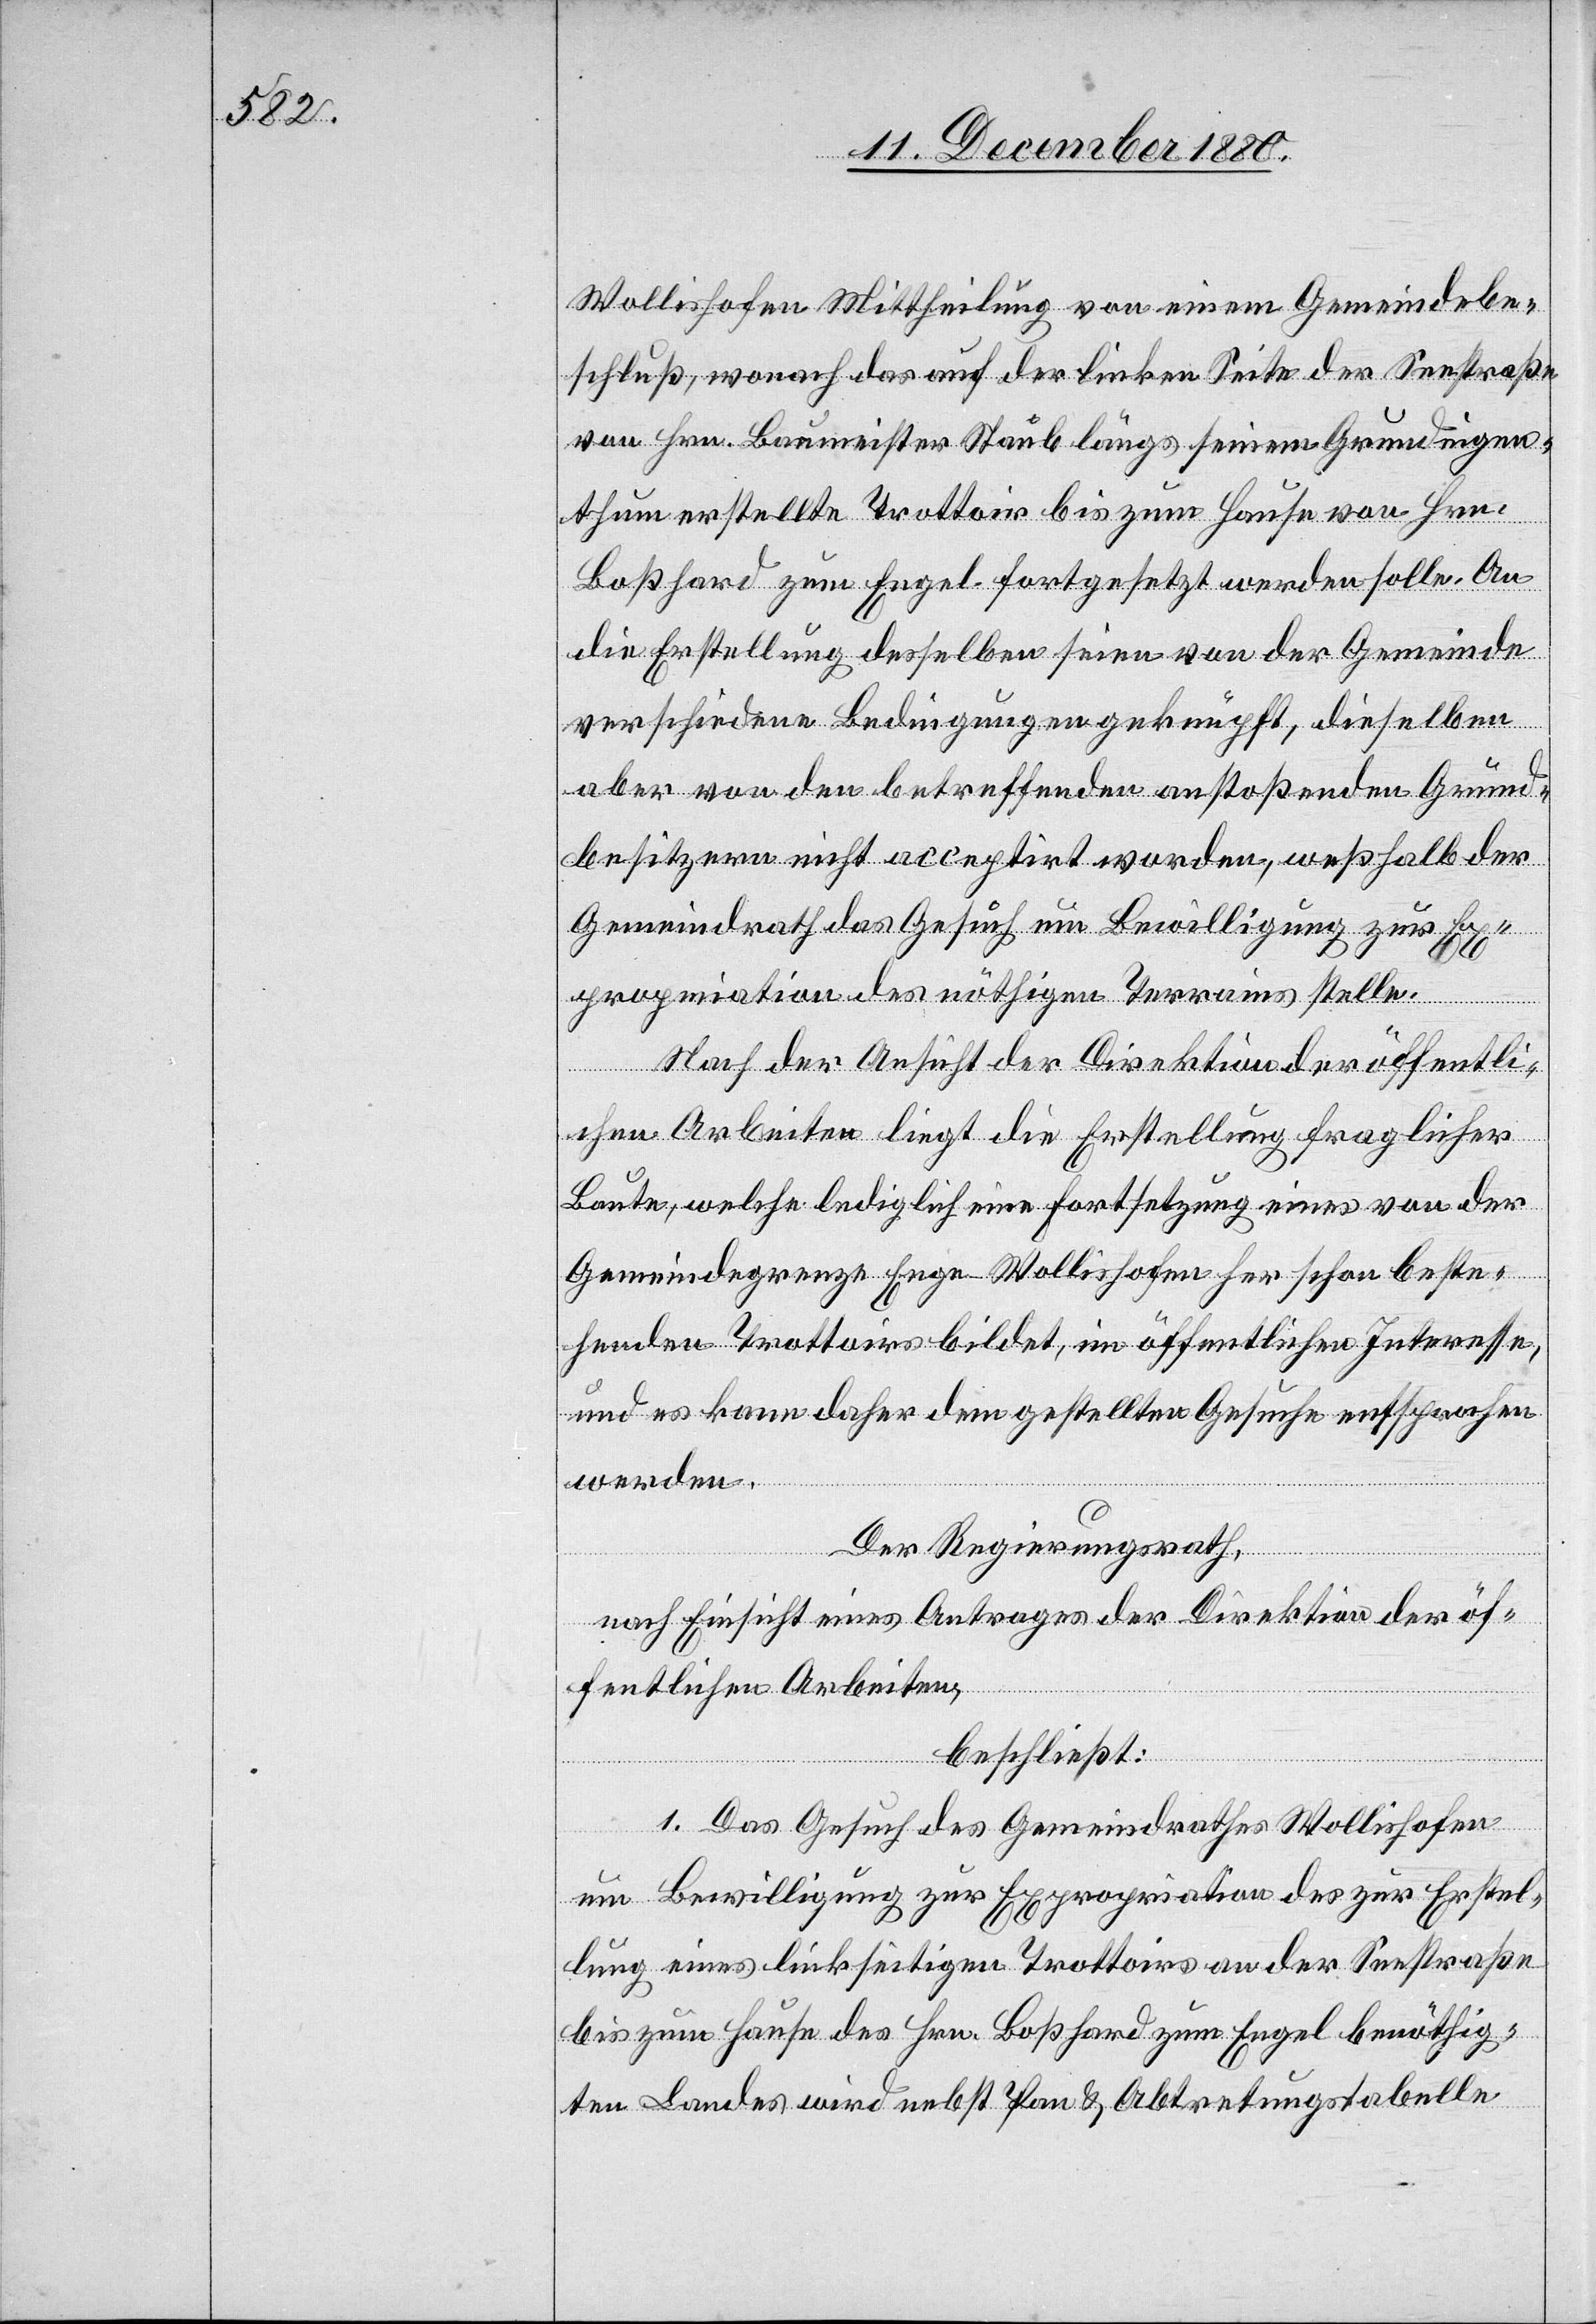
Wollishofen Mittheilung von einem Gemeindebe¬
schluß, wonach das auf der linken Seite der Seestraße
von Hrn. Baumeister Staub längs seinem Grundeigen¬
thum erstellte Trottoir bis zum Hause von Hrn.
Boßhard zum Engel fortgesetzt werden solle. An
die Erstellung desselben seien von der Gemeinde
verschiedene Bedingungen geknüpft, dieselben
aber von den betreffenden anstoßenden Grund¬
besitzern nicht acceptirt worden, weßhalb der
Gemeindrath das Gesuch um Bewilligung zur Ex¬
propriation des nöthigen Terrains stelle.
Nach der Ansicht der Direktion der öffentli¬
chen Arbeiten liegt die Erstellung fraglicher
Baute, welche lediglich eine Forstsetzung eines von der
Gemeindegrenze Enge–Wollishofen her schon beste¬
henden Trottoirs bildet, im öffentlichen Interesse
und es kann daher dem gestellten Gesuche entsprochen
werden.
Der Regierungsrath,
nach Einsicht eines Antrages der Direktion der öf¬
fentlichen Arbeiten,
beschließt:
1. Das Gesuch des Gemeindrathes Wollishofen
um Bewilligung zur Expropriation des zur Erstel¬
lung eines linkseitigen Trottoirs an der Seestraße
bis zum Hause des Hrn. Boßhard zum Engel benöthig¬
ten Landes wird nebst P[l]an & Abtretungstabelle